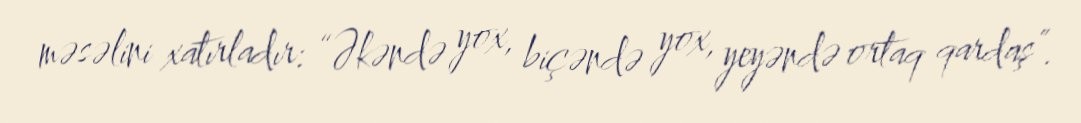
məsəlini xatırladır: “Əkəndə yox, biçəndə yox, yeyəndə ortaq qardaş”.